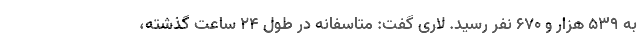
به ۵۳۹ هزار و ۶۷۰ نفر رسید. لاری گفت: متاسفانه در طول ۲۴ ساعت گذشته،